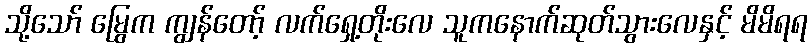
သို့သော် မြွေက ကျွန်တော့် လက်ရှေ့တိုးလေ သူကနောက်ဆုတ်သွားလေနှင့် မိမိရရ